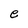
Character: e